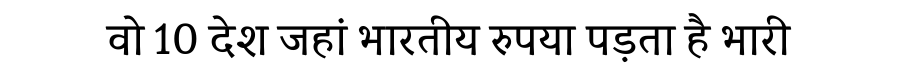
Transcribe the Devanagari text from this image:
वो 10 देश जहां भारतीय रुपया पड़ता है भारी